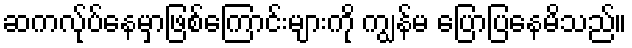
ဆကလ်ုပ်နေမှာဖြစ်ကြောင်းများကို ကျွန်မ ပြောပြနေမိသည်။